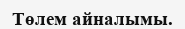
Төлем айналымы.